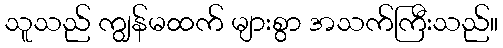
သူသည် ကျွန်မထက် များစွာ အသက်ကြီးသည်။